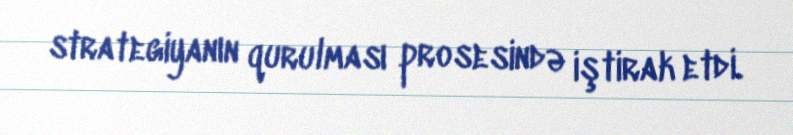
strategiyanın qurulması prosesində iştirak etdi.